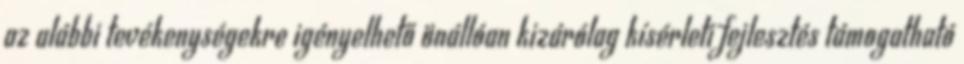
az alábbi tevékenységekre igényelhető önállóan kizárólag kísérleti fejlesztés támogatható